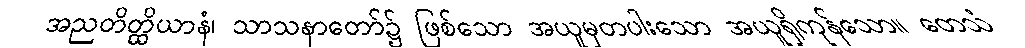
အညတိတ္ထိယာနံ၊ သာသနာတော်၌ ဖြစ်သော အယူမှတပါးသော အယူရှိကုန်သော။ တေသံ